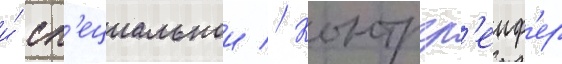
и́ сп'ециальнои // Контргр'еиф'ер